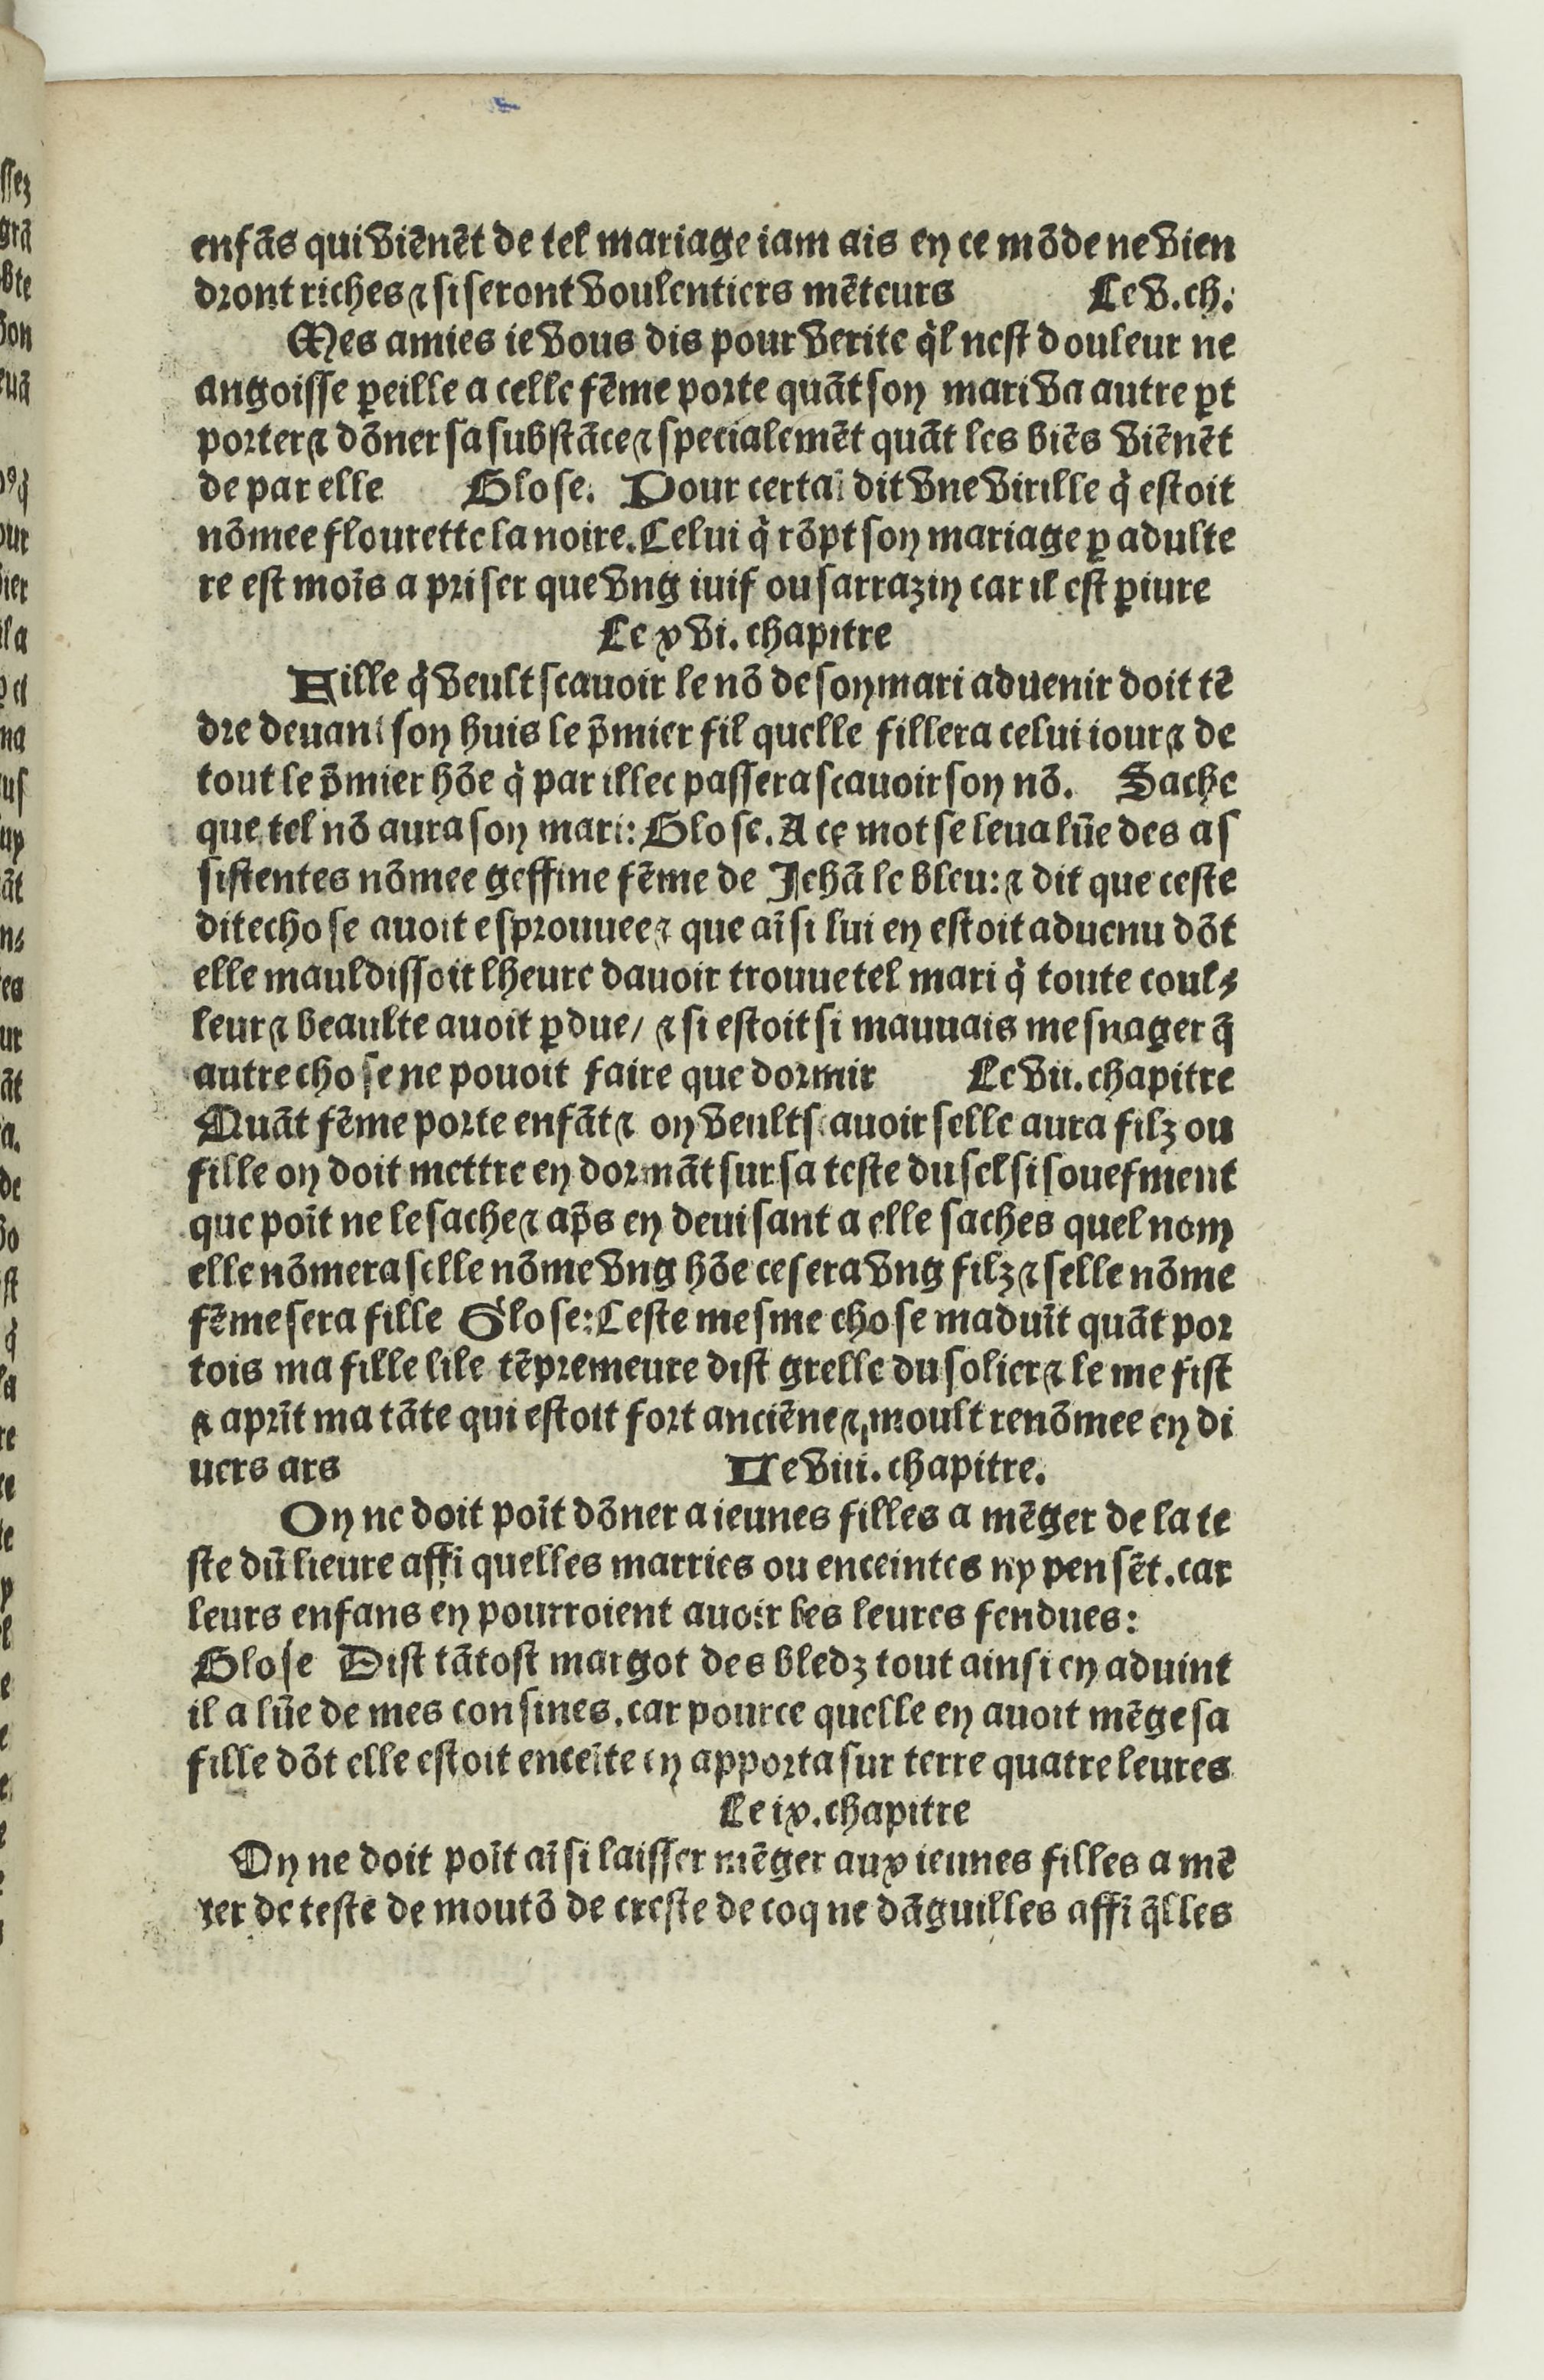
Shelfmark: Paris, BnF, Rés. Y2-733
Century: 16